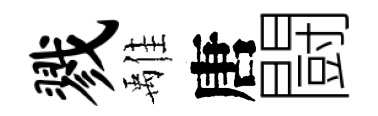
戮𩀌唐闘